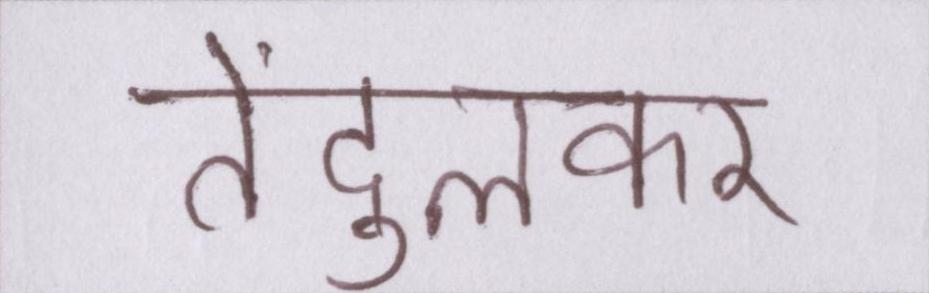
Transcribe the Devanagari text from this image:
तेंदुलकर